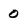
Character: 0